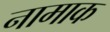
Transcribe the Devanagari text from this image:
नामाक